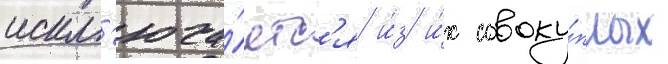
искл'юча́етс'я и́з и́х совоку́пных